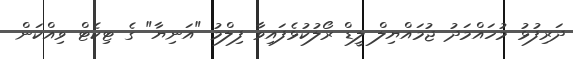
ދަރިފުޅު މުހައްމަދު ޖުމައްޔިލް ލީޑް ރޯލުކުޅެފައިވާ ފިލްމު "އަނިޔާ" ގެ ޓިކެޓް ވިއްކަން